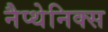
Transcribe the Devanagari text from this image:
नैप्थेनिक्स